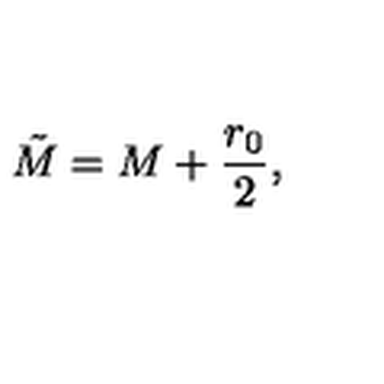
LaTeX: \tilde { M } = M + \frac { r _ { 0 } } { 2 } ,